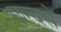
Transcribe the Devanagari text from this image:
छन्दसे